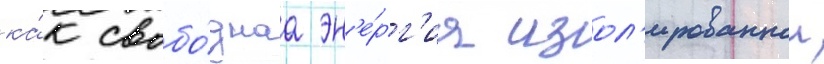
ка́к свобо́днаа эн'е́рг'иа изол'ированнои